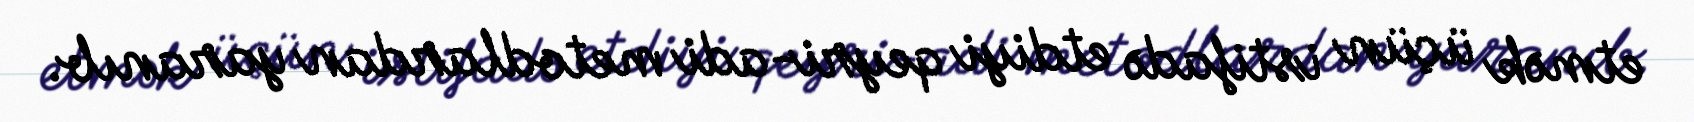
etmək üçün istifadə etdiyi qeyri-adi metodlardan yaranıb.